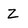
Character: z